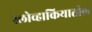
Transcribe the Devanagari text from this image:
स्लोव्हाकियातील